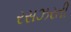
રસઝરતી